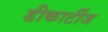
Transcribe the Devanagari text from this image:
डीकार्टीज